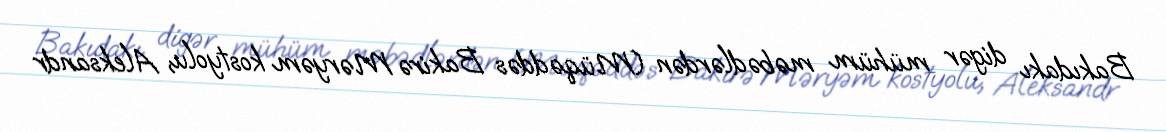
Bakıdakı digər mühüm məbədlərdən (Müqəddəs Bakirə Məryəm kostyolu, Aleksandr